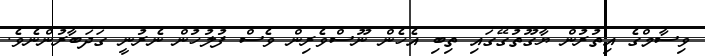
ވިސާމްގެ އިތުރުން ޔާގޫތުގޭގައި ތިބި އެހެން ނޫސްވެރިން ވެސް ފުލުހުން ނެރުނީ ގަދަބާރުންނެވެ.